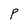
Character: P